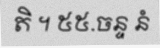
តិ ។ ៥៥.ចន្ទ នំ